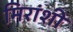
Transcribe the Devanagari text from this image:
मिरांशी